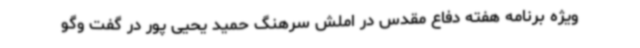
ویژه برنامه هفته دفاع مقدس در املش سرهنگ حمید یحیی پور در گفت وگو